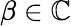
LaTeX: \beta\in\mathbb{C}